Indian journal of veterinary science and animal husbandry - Volume 14,
Year: 1944
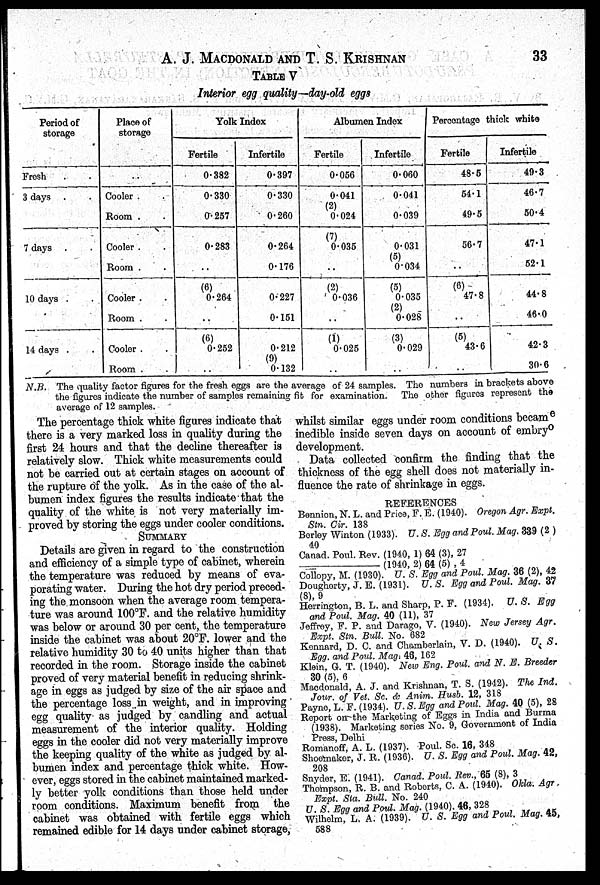
A. J. MACDONALD AND T. S. KRISHNAN 33
TABLE V
Interior egg quality—day-old eggs
Period of
storage
Fresh
3 days . .
7 days . .
10 days . .
14 days . .
Place of
storage
Cooler . .
Room . .
Cooler . .
Room . .
Cooler . .
Room . .
Cooler . .
Room . .
Yolk Index
Fertile
0.382
0.330
0.257
0.283
..
(6)
0.264
. .
(6)
0.252
..
Infertile
0.397
0.330
0.260
0.264
0.176
0.227
0.151
0.212
(9)
0.132
Albumen Index
Fertile
0.056
0.041
(2)
0.024
(7)
0.035
..
(2)
0.036
(1)
0.025
..
Infertile
0.060
0.041
0.039
0.031
(5)
0.034
(5)
0.035
(2)
0.028
(3)
0.029
..
Percentage thick white
Fertile
48.5
54.1
49.5
56.7
..
(6)
47.8
..
(5)
43.6
..
Infertile
49.3
46.7
50.4
47.1
52.1
44.8
46.0
42.3
30.6
N.B. The quality factor figures for the fresh eggs are the average of 24 samples. The numbers in brackets above
the figures indicate the number of samples remaining fit for examination. The other figures represent the
average of 12 samples.
The percentage thick white figures indicate that
there is a very marked loss in quality during the
first 24 hours and that the decline thereafter is
relatively slow. Thick white measurements could
not be carried out at certain stages on account of
the rupture of the yolk. As in the case of the al-
bumen index figures the results indicate that the
quality of the white is not very materially im-
proved by storing the eggs under cooler conditions.
SUMMARY
Details are given in regard to the construction
and efficiency of a simple type of cabinet, wherein
the temperature was reduced by means of eva-
porating water. During the hot dry period preced-
ing the monsoon when the average room tempera-
ture was around 100°F. and the relative humidity
was below or around 30 per cent, the temperature
inside the cabinet was about 20°F. lower and the
relative humidity 30 to 40 units higher than that
recorded in the room. Storage inside the cabinet
proved of very material benefit in reducing shrink-
age in eggs as judged by size of the air space and
the percentage loss in weight, and in improving
egg quality as judged by candling and actual
measurement of the interior quality. Holding
eggs in the cooler did not very materially improve
the keeping quality of the white as judged by al-
bumen index and percentage thick white. How-
ever, eggs stored in the cabinet maintained marked-
ly better yolk conditions than those held under
room conditions. Maximum benefit from the
cabinet was obtained with fertile eggs which
remained edible for 14 days under cabinet storage,
whilst similar eggs under room conditions became
inedible inside seven days on account of embryo
development.
Data collected confirm the finding that the
thickness of the egg shell does not materially in-
fluence the rate of shrinkage in eggs.
REFERENCES
Bennion, N. L. and Price, F. E. (1940). Oregon Agr. Expt.
Stn. Cir. 138
Berley Winton (1933). U. S. Egg and Poul. Mag. 339 (2)
40
Canad. Poul. Rev. (1940, 1) 64 (3), 27
—(1940,
2) 64 (5) , 4
Collopy, M. (1930). U. S. Egg and Poul. Mag. 36 (2), 42
Dougherty, J. E. (1931). U. S. Egg and Poul. Mag. 37
(8), 9
Herrington, B. L. and Sharp, P. F. (1934). U. S. Egg
and Poul. Mag. 40 (11), 37
Jeffrey, F. P. and Darago, V. (1940). New Jersey Agr.
Expt. Stn. Bull. No. 682
Kennard, D. C. and Chamberlain, V. D. (1940). U. S.
Egg. and Poul. Mag. 46, 162
Klein, G. T. (1940). New Eng. Poul. and N. E. Breeder
30 (5), 6
Macdonald, A. J. and Krishnan, T. S. (1942). The Ind.
Jour. of Vet. Sc. & Anim. Husb. 12, 318
Payne, L. F. (1934). U. S. Egg and Poul. Mag. 40 (5), 28
Report on the Marketing of Eggs in India and Burma
(1938). Marketing series No. 9, Government of India
Press, Delhi
Romanoff, A. L. (1937). Poul. Sc. 16, 348
Shoemaker, J. R. (1936). U. S. Egg and Poul. Mag. 42,
208
Snyder, E. (1941). Canad. Poul. Rev., 65 (8), 3
Thompson, R. B. and Roberts, C. A. (1940). Okla. Agr.
Expt. Sta. Bull. No. 240
U. S. Egg and Poul. Mag. (1940). 46, 328
Wilhelm, L. A. (1939). U. S. Egg and Poul. Mag. 45,
588